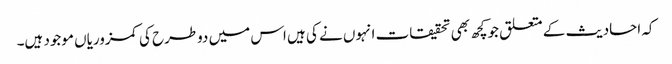
کہ احادیث کے متعلق جوکچھ بھی تحقیقات انہوں نے کی ہیں اس میں دوطرح کی کمزوریاں موجود ہیں۔